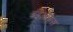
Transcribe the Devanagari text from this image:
डेंड्रेलेफिस